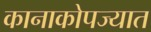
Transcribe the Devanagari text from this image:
कानाकोपज्यात